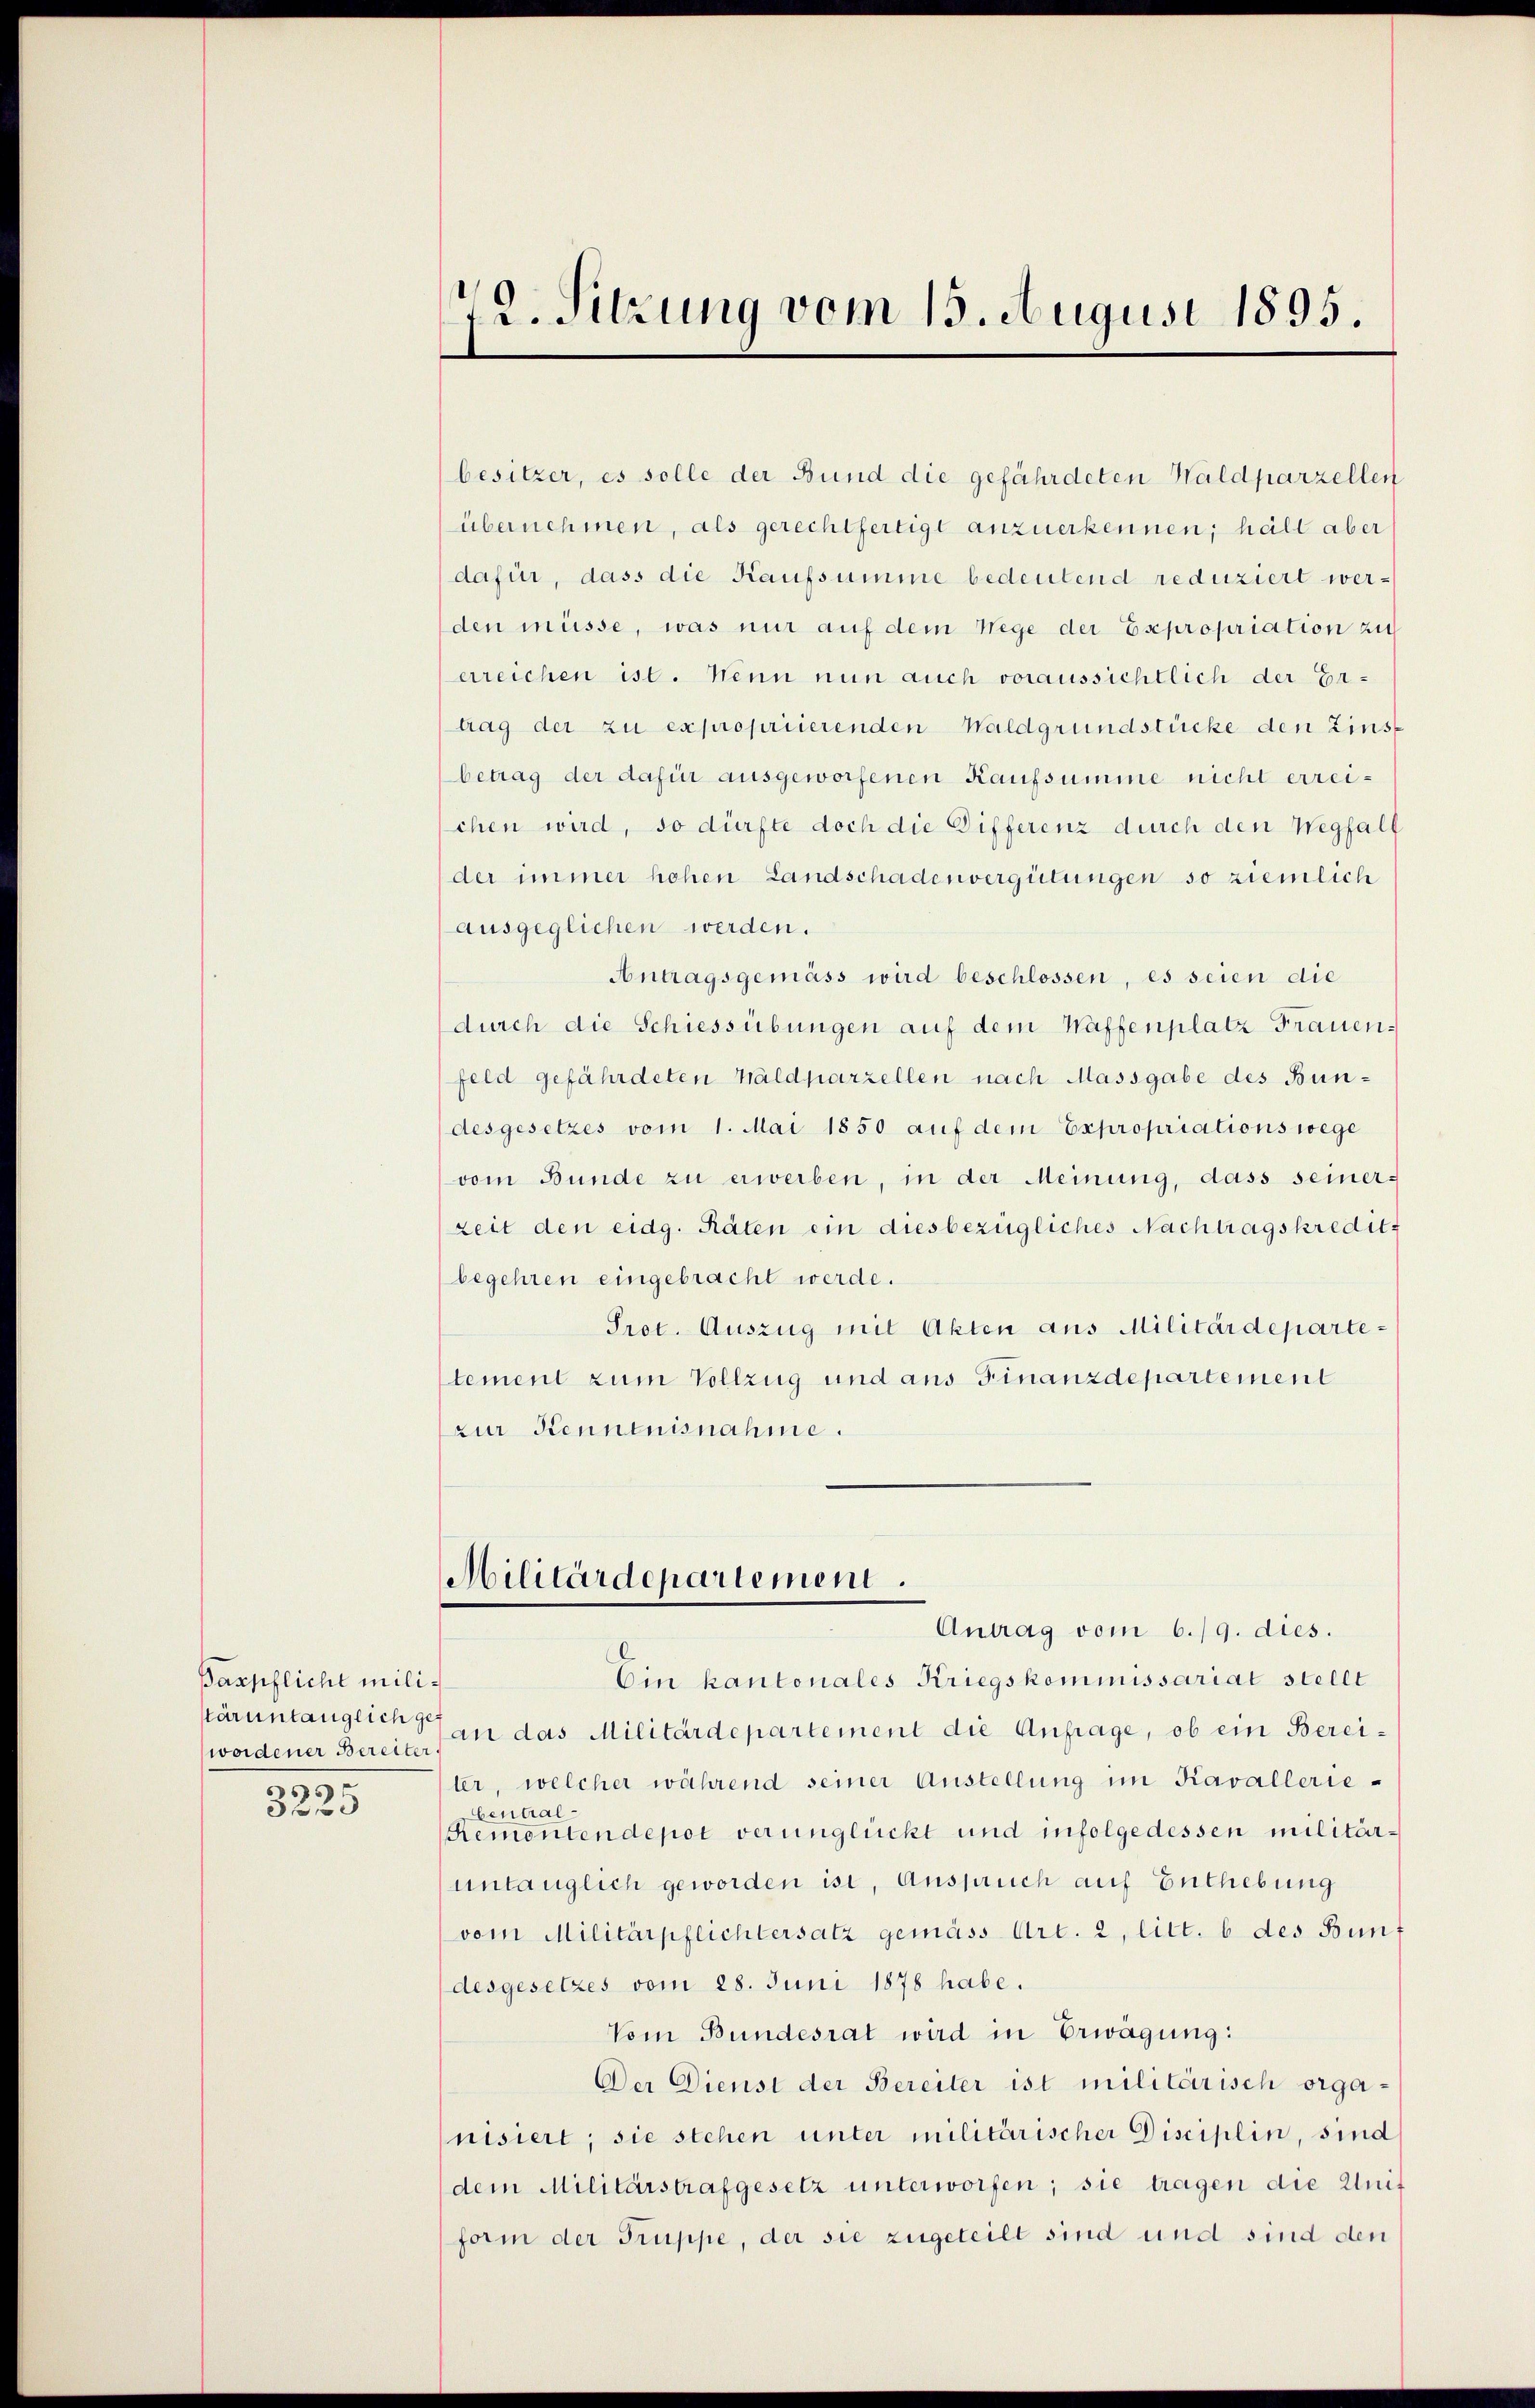
Bazpfliche mili¬
Karuntänglich ge

0 f 0

12. Sitzung vom 15. Augusi 1895.

besitzer, es solle der Bund die gefährdeten Waldparzellen
übernehmen, als gerechtfertigt anzuerkennen, hält aber
dafür, dass die Kaufsumme bedeutend reduziert werden müsse, was nur auf dem Wege der Expropriation zu
erreichen ist. Wenn nun auch voraussichtlich der Er-
trag der zu expropriierenden Waldgrundstücke den Zinst
betrag der dafür ausgeworfenen Kaufsumme nicht erreischen wird, so dürfte doch die Differenz durch den Wegfall
der immer hohen Landschadenvergütungen so ziemlich
ausgeglichen werden.
Antragsgemäss wird beschlossen, es seien die
durch die Schiessübungen auf dem Waffenplatz Frauenfeld gefährdeten Waldparzellen nach Massgabe des Bundesgesetzes vom 1. Mai 1850 auf dem Expropriations wege
vom Bunde zu erwerben, in der Meinung, dass seiner-
Zeit den eidg. Räten ein diesbezügliches Nachtragskredit
begehren eingebracht werde.
Prot. Auszug mit Akten aus Militärdepartetement zum Vollzug und aus Finanzdepartement
zur Kenntnisnahme.
Militärdepartement.
Antrag vom 6./9. dies.
Ein kantonales Kriegskommissariat stellt
wordener Bereit an das Militärdepartement die Anfrage, ob ein Bereiler, welcher während seiner Austellung im Kavallerie-
bentral
Remontendepot verunglückt und infolgedessen militäruntauglich geworden ist, Anspruch auf Enthebung
vom Militärpflichtersatz gemäss Art. 2, litt. b des Bunf
desgesetzes vom 28. Juni 1878 habe.
Vom Bundesrat wird in Erwägung:
Der Dienst der Bereiter ist militärisch organisiert; sie stehen unter militärischer Disciplin, sind
dem Militärstrafgesetz unterworfen; sie tragen die Unif
form der Truppe, der sie zugeteilt sind und sind den